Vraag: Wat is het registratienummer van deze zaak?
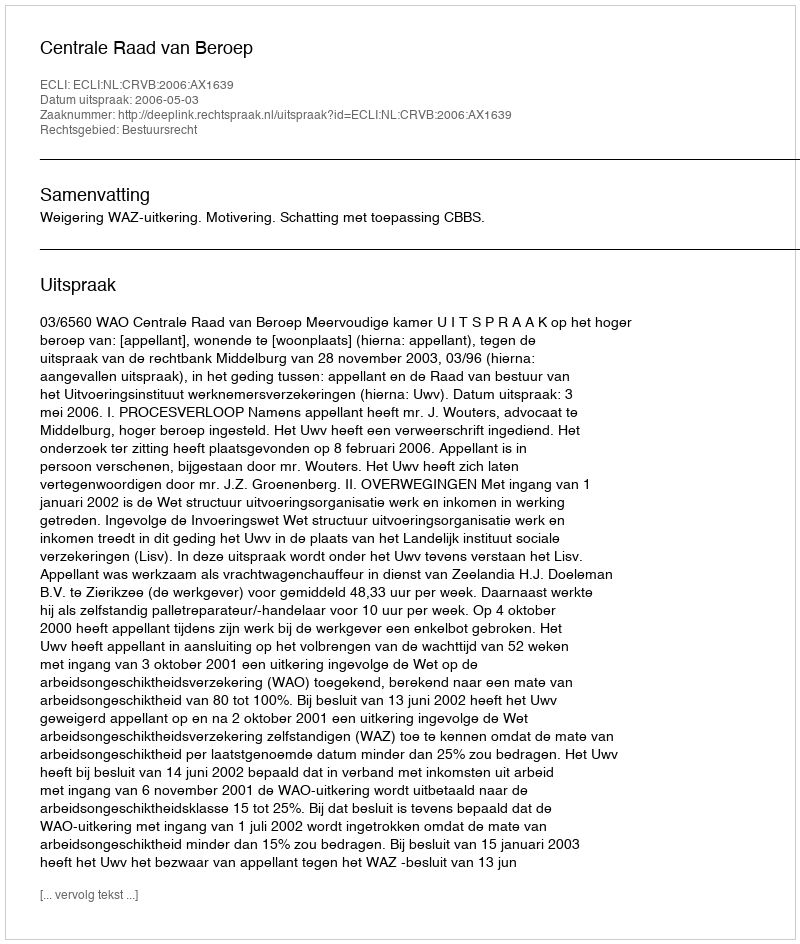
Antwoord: http://deeplink.rechtspraak.nl/uitspraak?id=ECLI:NL:CRVB:2006:AX1639